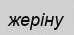
жеріну